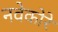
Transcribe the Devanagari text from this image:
नवेकोरे